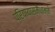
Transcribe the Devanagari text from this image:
प्रियायास्मैधाम्ने